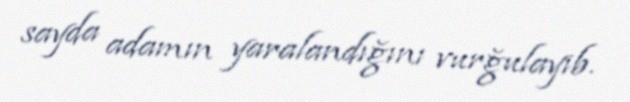
sayda adamın yaralandığını vurğulayıb.